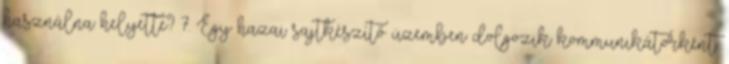
használna helyette? 7. Egy hazai sajtkészítő üzemben dolgozik kommunikátorként.